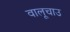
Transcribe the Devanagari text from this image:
वालूचाउ